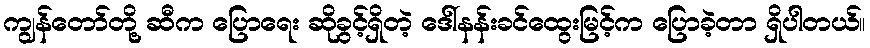
ကျွန်တော်တို့ ဆီက ပြောရေး ဆိုခွင့်ရှိတဲ့ ဒေါ်နန်းခင်ထွေးမြင့်က ပြောခဲ့တာ ရှိပါတယ်။